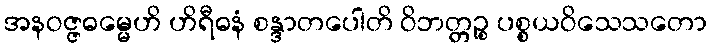
အနဝဇ္ဇဓမ္မေဟိ ဟိရီဓနံ စန္ဒာတပေါတိ ဝိဘတ္တဉ္စ ပစ္စယဝိသေသတော